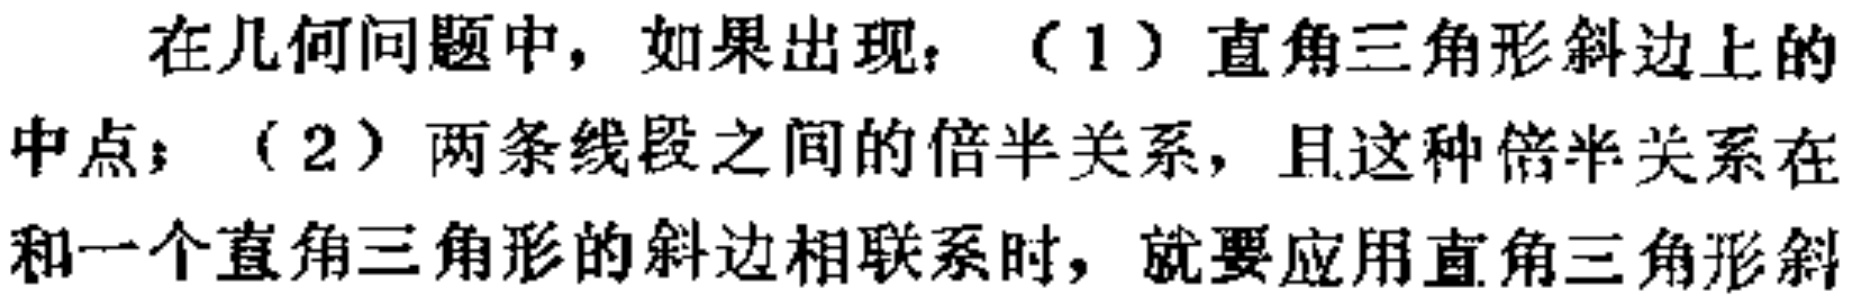
在几何问题中，如果出现：（1）直角三角形斜边上的

中点；（2）两条线段之间的倍半关系，且这种倍半关系在

和一个直角三角形的斜边相联系时，就要应用直角三角形斜